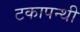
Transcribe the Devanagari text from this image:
टकापन्थी